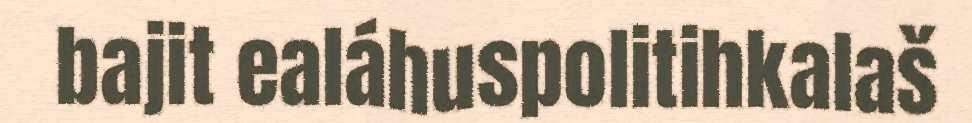
bajit ealáhuspolitihkalaš